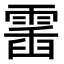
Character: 𩃹